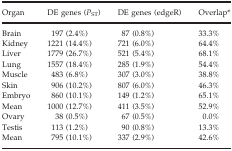
<table><thead><tr><td><b>Organ</b></td><td><b>DE genes (<i>P</i><sub>ST</sub>)</b></td><td><b>DE genes (edgeR)</b></td><td><b>Overlapa</b></td></tr></thead><tbody><tr><td>Brain</td><td>197 (2.4%)</td><td>87 (0.8%)</td><td>33.3%</td></tr><tr><td>Kidney</td><td>1221 (14.4%)</td><td>721 (6.0%)</td><td>64.4%</td></tr><tr><td>Liver</td><td>1779 (26.7%)</td><td>521 (5.4%)</td><td>68.1%</td></tr><tr><td>Lung</td><td>1557 (18.4%)</td><td>285 (1.9%)</td><td>54.4%</td></tr><tr><td>Muscle</td><td>483 (6.8%)</td><td>307 (3.0%)</td><td>38.8%</td></tr><tr><td>Skin</td><td>906 (10.2%)</td><td>807 (6.0%)</td><td>46.3%</td></tr><tr><td>Embryo</td><td>860 (10.1%)</td><td>149 (1.2%)</td><td>65.1%</td></tr><tr><td>Mean</td><td>1000 (12.7%)</td><td>411 (3.5%)</td><td>52.9%</td></tr><tr><td>Ovary</td><td>38 (0.5%)</td><td>67 (0.5%)</td><td>0.0%</td></tr><tr><td>Testis</td><td>113 (1.2%)</td><td>90 (0.8%)</td><td>13.3%</td></tr><tr><td>Mean</td><td>795 (10.1%)</td><td>337 (2.9%)</td><td>42.6%</td></tr></tbody></table>